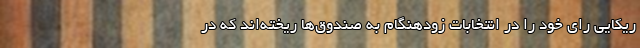
ریکایی رای خود را در انتخابات زودهنگام به صندوق‌ها ریخته‌اند که در